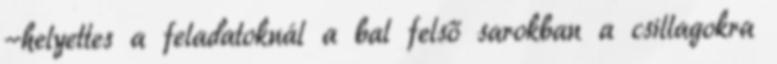
-helyettes a feladatoknál a bal felső sarokban a csillagokra